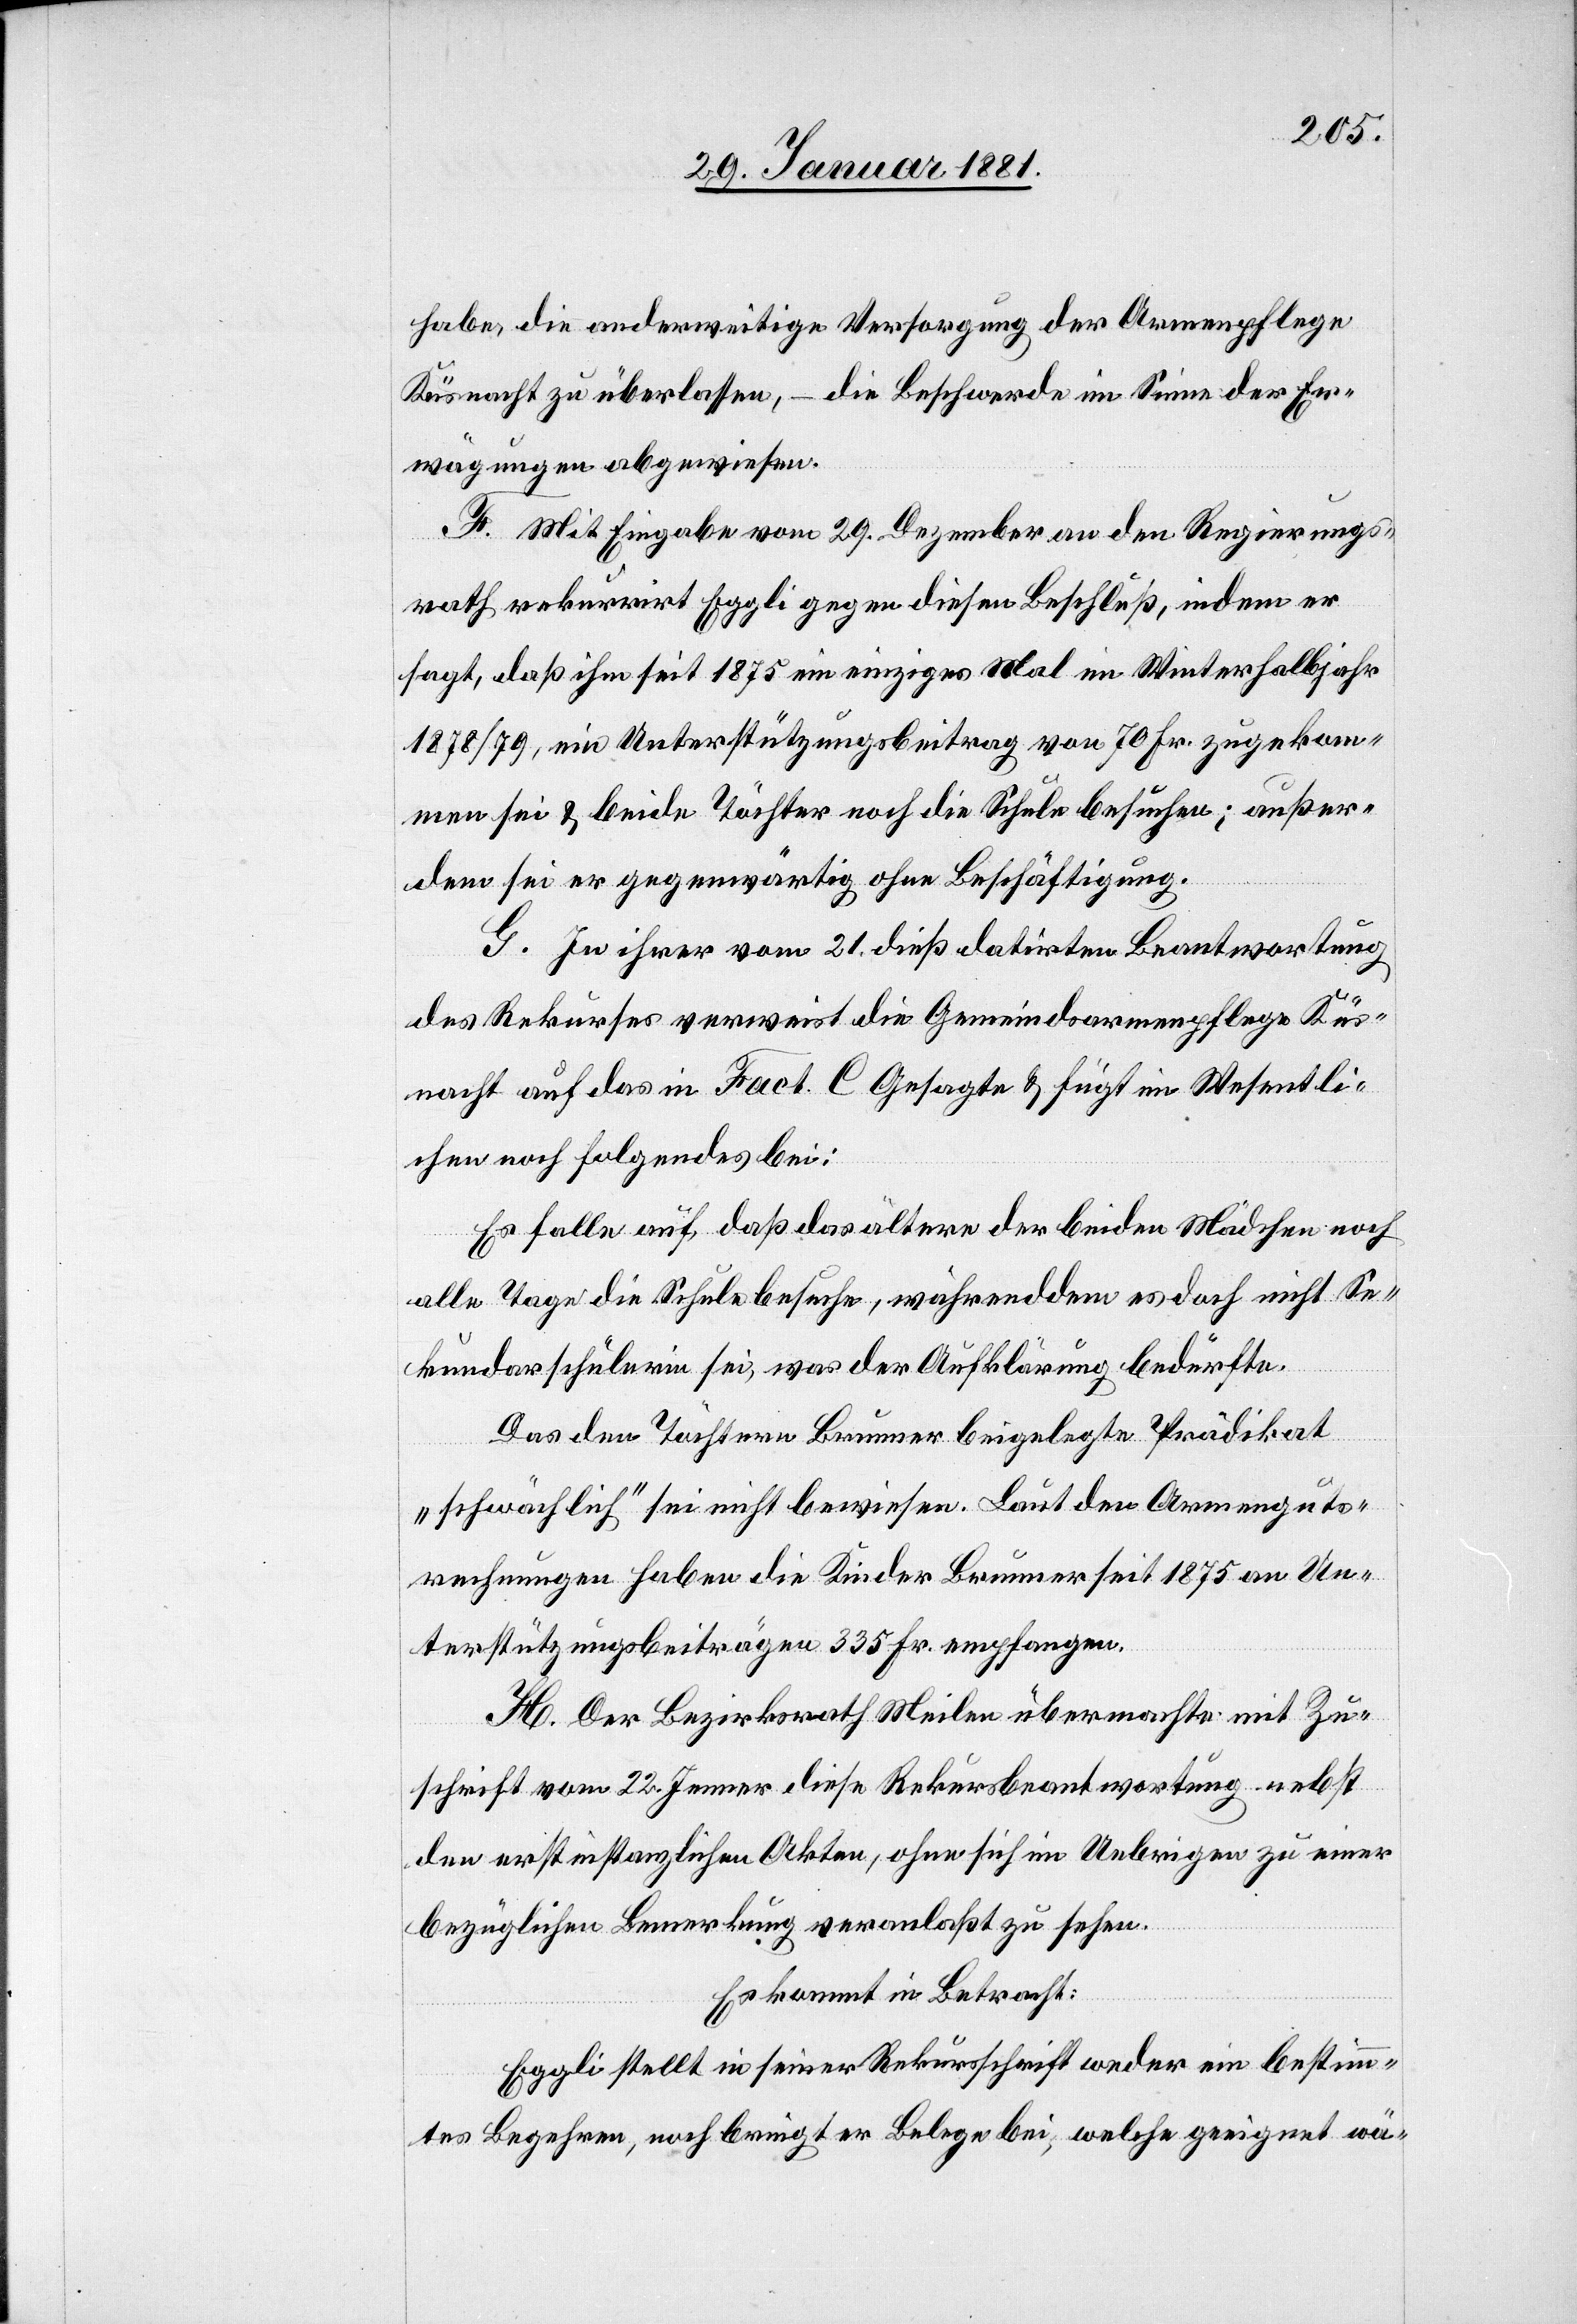
habe, die anderweitige Versorgung der Armenpflege
Küsnacht zu überlassen, – die Beschwerde im Sinne der Er¬
wägungen abgewiesen.
F. Mit Eingabe vom 29. Dezember an den Regierungs¬
rath rekurrirt Eggli gegen diesen Beschluß, indem er
sagt, daß ihm seit 1875 ein einziges Mal im Winterhalbjahr
1878/79, ein Unterstützungsbeitrag von 70 Fr. zugekom¬
men sei & beide Töchter noch die Schule besuchen; außer¬
dem sei er gegenwärtig ohne Beschäftigung.
G. In ihrer vom 21. dieß datirten Beantwortung
des Rekurses verweist die Gemeindsarmenpflege Küs¬
nacht auf das in Fact. C Gesagte & fügt im Wesentli¬
chen noch folgendes bei:
Es falle auf, daß das ältere der beiden Mädchen noch
alle Tage die Schule besuche, währenddem es doch nicht Se¬
kundarschülerin sei, was der Aufklärung bedürfe.
Das den Töchtern Brunner beigelegte Prädikat
„schwächlich“ sei nicht bewiesen. Laut den Armenguts¬
rechnungen haben die Kinder Brunner seit 1875 an Un¬
terstützungsbeiträgen 335 Fr. empfangen.
H. Der Bezirksrath Meilen übermachte mit Zu¬
schrift vom 22. Jenner diese Rekursbeantwortung nebst
den erstinstanzlichen Akten, ohne sich im Uebrigen zu einer
bezüglichen Bemerkung veranlaßt zu sehen.
Es kommt in Betracht:
Eggli stellt in seiner Rekursschrift weder ein bestimm¬
tes Begehren, noch bringt er Belege bei, welche geeignet wä-